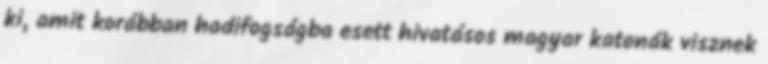
ki, amit korábban hadifogságba esett hivatásos magyar katonák visznek